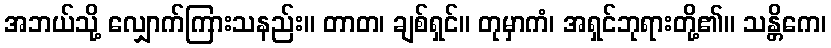
အဘယ်သို့ လျှောက်ကြားသနည်း။ တာတ၊ ချစ်ရှင်။ တုမှာကံ၊ အရှင်ဘုရားတို့၏။ သန္တိကေ၊